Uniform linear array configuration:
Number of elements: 8
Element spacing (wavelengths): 0.75
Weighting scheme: uniform
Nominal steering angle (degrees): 0
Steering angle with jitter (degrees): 0.02613
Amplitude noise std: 0.05
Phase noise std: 0.05

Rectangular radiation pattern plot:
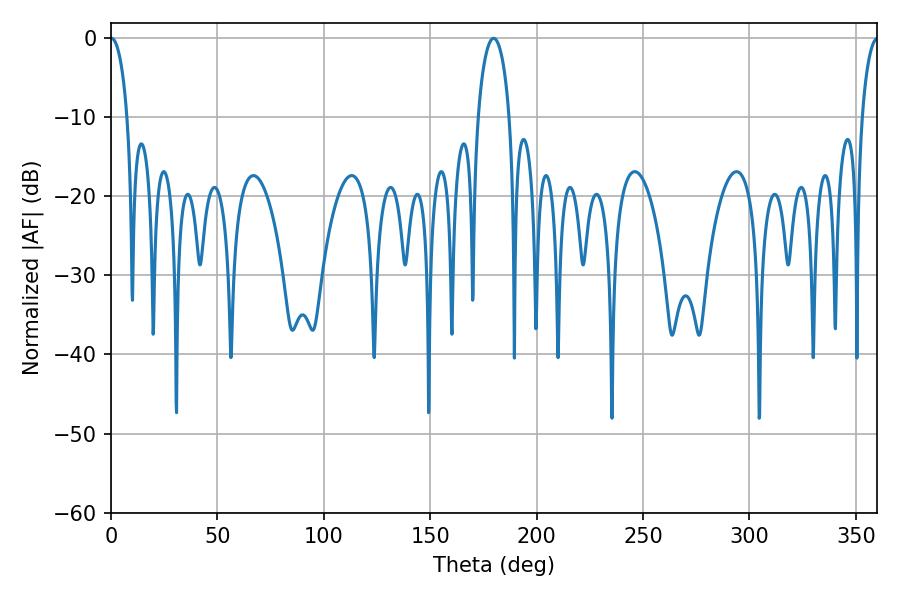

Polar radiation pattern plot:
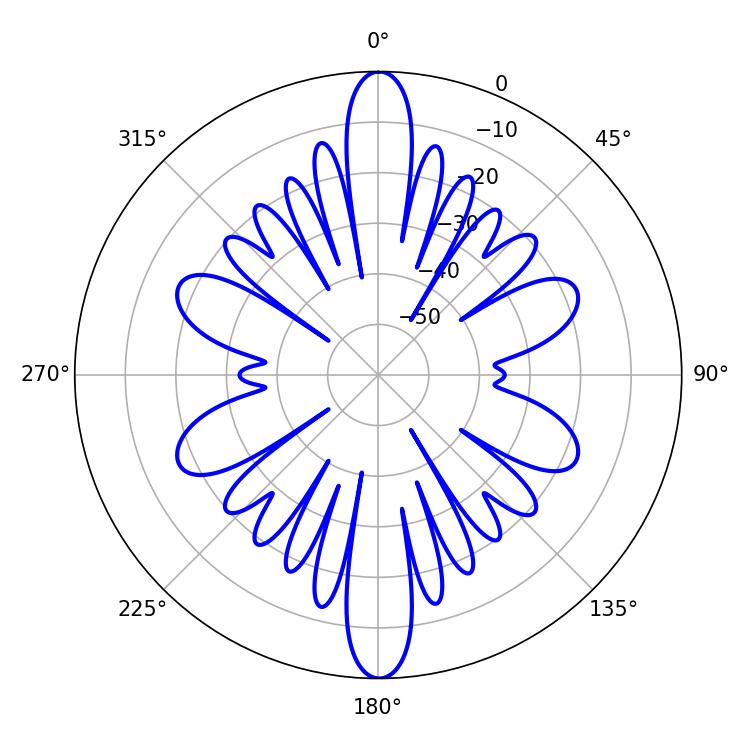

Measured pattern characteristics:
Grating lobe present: TRUE
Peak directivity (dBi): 35.511
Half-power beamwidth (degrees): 4.5
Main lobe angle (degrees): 0.18